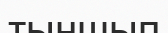
тыншып